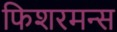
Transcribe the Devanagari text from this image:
फिशरमन्स